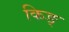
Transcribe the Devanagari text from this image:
किङ्